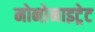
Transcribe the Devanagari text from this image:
मोनोनाइट्रेट